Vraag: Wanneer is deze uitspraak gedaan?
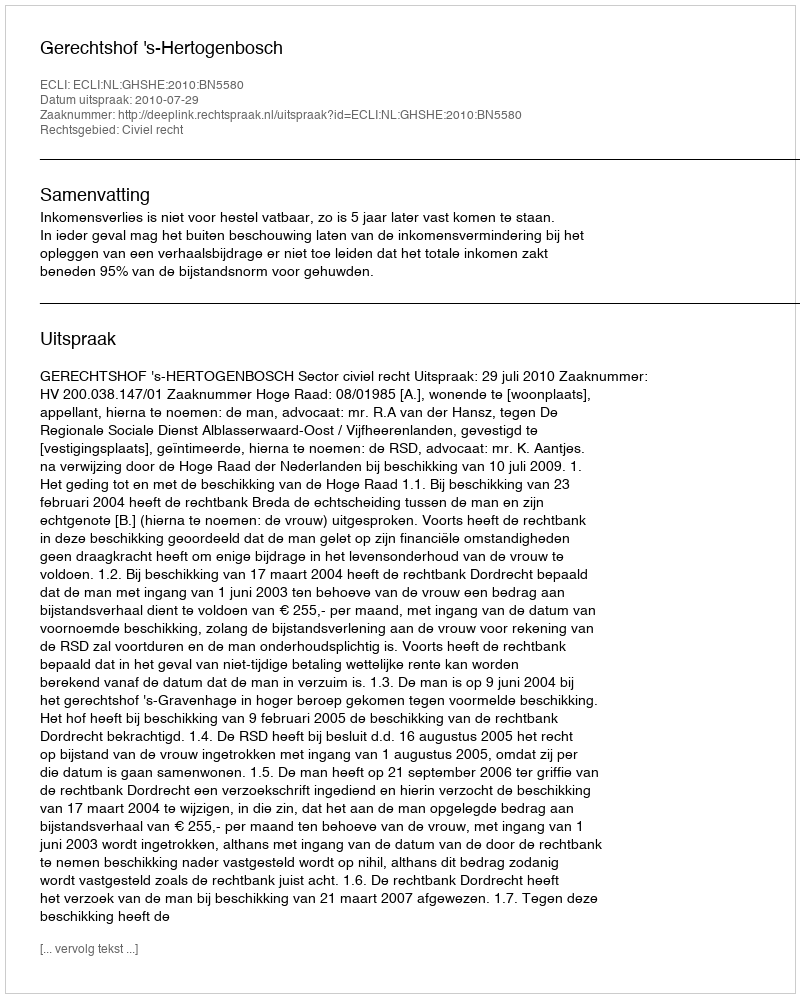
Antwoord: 2010-07-29